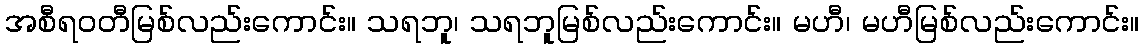
အစီရဝတီမြစ်လည်းကောင်း။ သရဘူ၊ သရဘူမြစ်လည်းကောင်း။ မဟီ၊ မဟီမြစ်လည်းကောင်း။